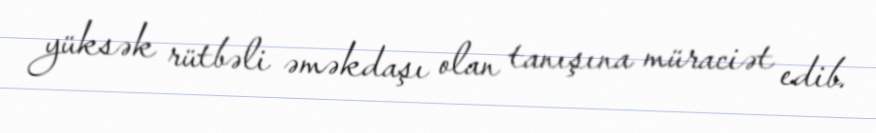
yüksək rütbəli əməkdaşı olan tanışına müraciət edib.